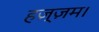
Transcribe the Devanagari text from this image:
हज़्ज़म।